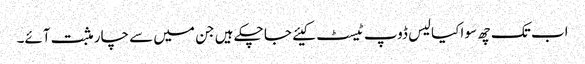
اب تک چھ سو اکیالیس ڈوپ ٹیسٹ کیئے جا چکے ہیں جن میں سے چار مثبت آئے۔